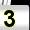
Digit: 3